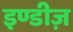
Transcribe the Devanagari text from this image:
इण्डीज़